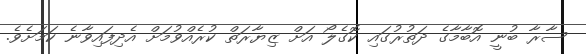
ސާރާ ބުނީ އޮބާމާގެ ދަތުރުގައި ކޮގެލޯ އަށް ޒިޔާރަތް ކުރެެއްވުމަށް އެދިފައިވާނެ ކަމަށެވެ.